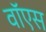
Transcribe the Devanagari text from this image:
वॉएस